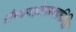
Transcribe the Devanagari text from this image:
रौप्यमहोत्सवानिमित्त